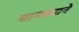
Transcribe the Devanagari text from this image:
चामड्याने